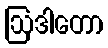
ဩဒါတော